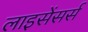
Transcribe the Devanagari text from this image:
लाइसेंसर्स